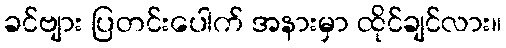
ခင်ဗျား ပြတင်းပေါက် အနားမှာ ထိုင်ချင်လား။